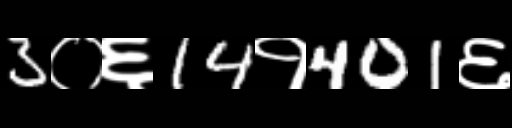
Text: 3०६14१401६